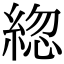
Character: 𦁕